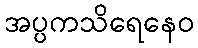
အပ္ပကသိရေနေဝ